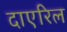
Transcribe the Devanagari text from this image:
दाएरिल